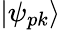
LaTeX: |\psi_{pk}\rangle